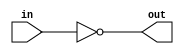
module inverter_buffer (
    input wire in,
    output wire out
);

assign out = ~in;

endmodule